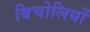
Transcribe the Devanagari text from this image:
बिचोलियों